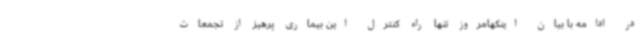
در ادامه با بیان اینکهامروز تنها راه کنترل این بیماری پرهیز از تجمعات